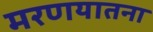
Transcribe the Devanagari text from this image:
मरणयातना